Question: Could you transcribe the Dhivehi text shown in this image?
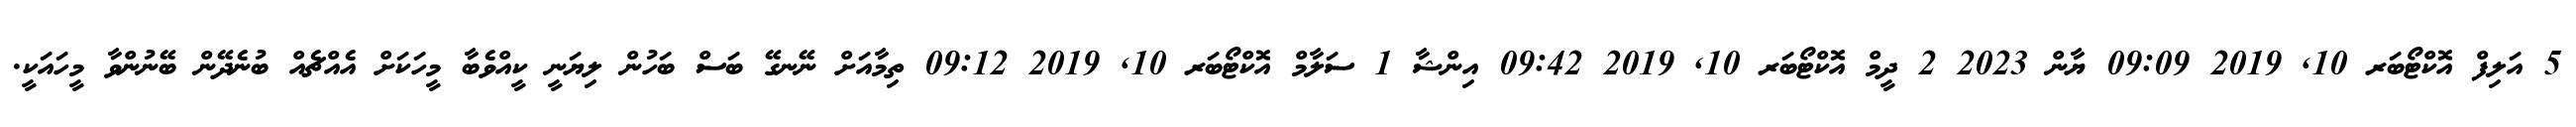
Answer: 5 އަލިފް އޮކްޓޯބަރ 10, 2019 09:09 ޔާން 2023 2 ދީމް އޮކްޓޯބަރ 10, 2019 09:42 އިންޝާ 1 ސަލާމް އޮކްޓޯބަރ 10, 2019 09:12 ތިމާއަށް ނޭނގޭ ބަސް ބަހުން ލިޔަނީ ކީއްވެބާ މީހަކަށް އެއްޗެއް ބުނެދޭން ބޭނުންވާ މީހައަކީ.